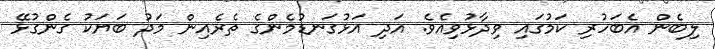
ލިބެން އެބަހުރި ކަމުގައި ވިދާޅުވިއެވެ. އަދި އަޅުގަނޑުމެންގެ ތެރެއިން މަދު ބަޔަކު ގެންގުޅޭ